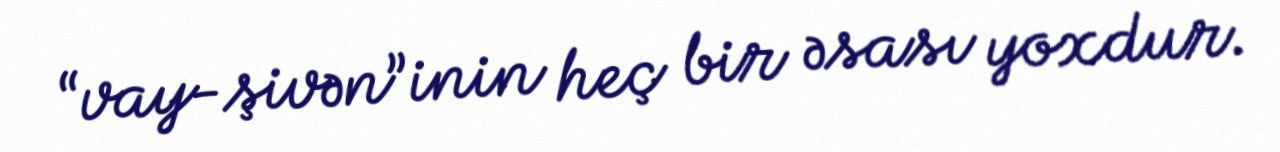
“vay-şivən”inin heç bir əsası yoxdur.